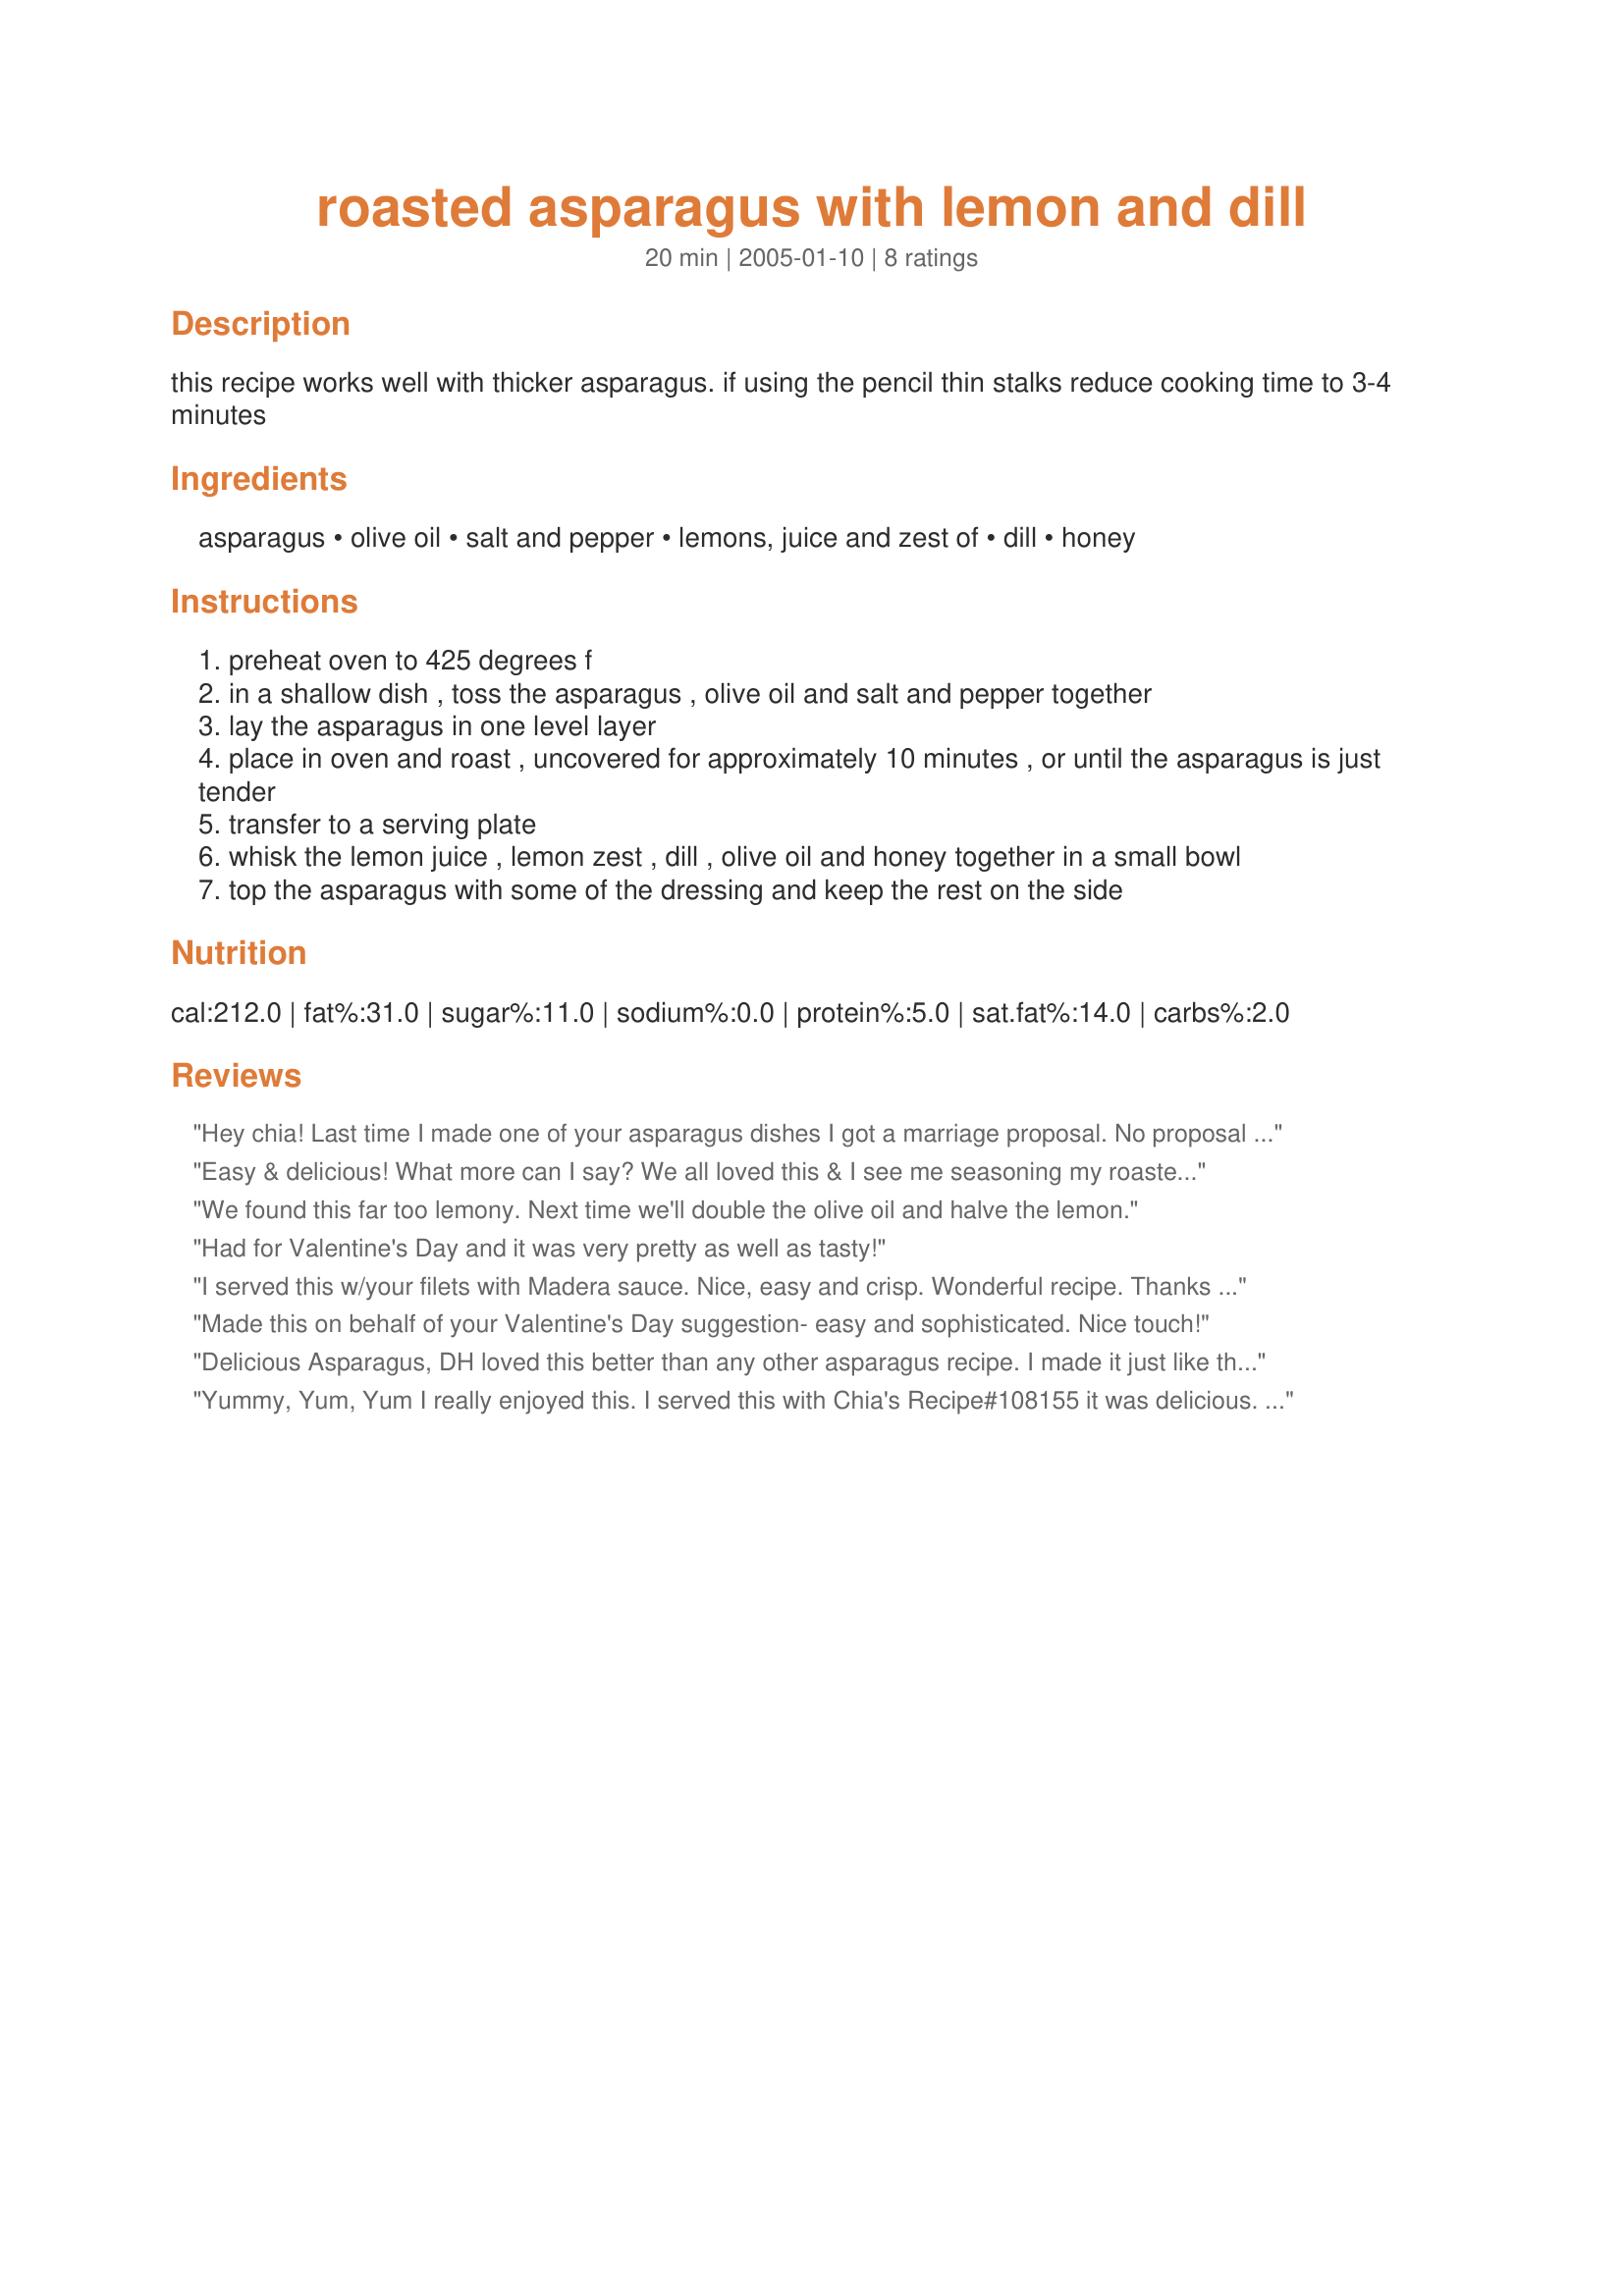
roasted asparagus with lemon and dill
Preparation time: 20 minutes

this recipe works well with thicker asparagus. if using the pencil thin stalks reduce cooking time to 3-4 minutes

Ingredients:
asparagus, olive oil, salt and pepper, lemons, juice and zest of, dill, honey

Steps:
preheat oven to 425 degrees f
in a shallow dish , toss the asparagus , olive oil and salt and pepper together
lay the asparagus in one level layer
place in oven and roast , uncovered for approximately 10 minutes , or until the asparagus is just tender
transfer to a serving plate
whisk the lemon juice , lemon zest , dill , olive oil and honey together in a small bowl
top the asparagus with some of the dressing and keep the rest on the side

Reviews:
Hey chia! Last time I made one of your asparagus dishes I got a marriage proposal. No proposal this time, actually it probably warrants a divorce since he hogged the whole thing for himself and hardly let me have any! If I ever want some I'm going to have to wait until Sushiman goes off on a business trip. Another winner, thanks!
Easy & delicious! What more can I say? We all loved this & I see me seasoning my roasted asparagus this way often. Made for the Spain Forum's TOTM 2/12 ~ Honey. Thank you, Chia!
We found this far too lemony. Next time we'll double the olive oil and halve the lemon.
Had for Valentine's Day and it was very pretty as well as tasty!
I served this w/your filets with Madera sauce. Nice, easy and crisp. Wonderful recipe. Thanks for sharing.

Made this on behalf of your Valentine's Day suggestion- easy and sophisticated. Nice touch!
Delicious Asparagus, DH loved this better than any other asparagus recipe. I made it just like the recipe stated, Baked it until tender CRISP. The sauce is so yummy. I will be making this a lot as I love asparagus.I served it with your braised lamb chop recipe # 52625, That we dearly love. Thank you Chia for posting this recipe.
Yummy, Yum, Yum I really enjoyed this. I served this with Chia's Recipe#108155 it was delicious. A very simple yet lovely way to prepare asparagus. I am all with you Chia thick stalks all the way so much tastier and pesonally I think more appealing to the eye. Will be making again thanks for posting
